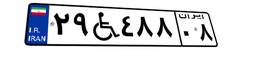
۳۳W۱۷۹۱۹